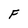
Character: F